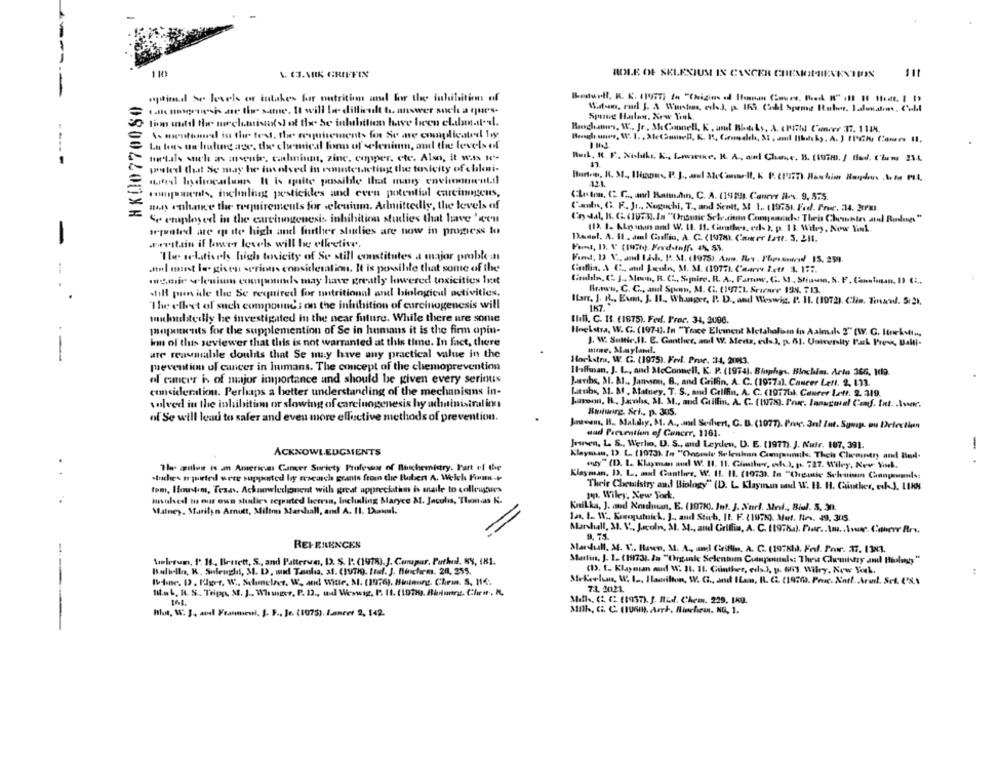
1 10
1. C.NRK GRIFFIN
ROLE OF SELENIUM IN CANCER CHEMOPREVENTION
HX00770080
opwind Se levels of intakes for metritim and for the inthilsition of
1.the mugenisis are the same. It will Io- difficult to answer such a que's.
tim until the mechanisms of the be inlubdion have been clubmarsl.
Boschanos, W .. Jr ., She Canmell, K . anul Boks, A. CPII Conwe :37. 1144.
La tens ue luling ade, the chemical fonn of selenium, aml the levels of
Hetals such as museute, cahninmt, zinc, copper, cte. Also, it wits "c"-
----
posted that Se may he involved in romunterwting the tovicity of chlai-
121.
Hunponents, incluling pesticides and even potential carcinogens,
CLiton, C C .., and Ramdin, C. A. (1989). Caneve il-s. 9, 575.
my enhance the requirements for eleuium. Admittedly, the levels of
Cats, G. F. Jr ., Noguchi, T ., and Scott, 3 1 .. (19751 Fed. Prer. 34. 3Pm).
Sr employed in the carcinogenesis inhibition studies that have 'ren
(1), 1. Klo man and W. 11. 11. Conthes, ed- ). p. 13. Wiley, Now Vil
equated are op ite high and further studies are now in progress lo
-
evitain if lower levels will be elketite.
Panel, A. It. dml Cullis, A. G. (107m). Comer IAtt. 3. 211.
"I selatively high tosicity of Se still constitutes a major problem
noI want is given serious consideration. It is possible that some of the
Collin. \ C. anul Joule, 31. M. (1977). Cearve 1.4t/ 3. 1 ...
mamie Plenium compounds may have greatly lowered toxicities Inet
Cisulla, (2. 3. Mon, B. C ., S.mire. R. A ., Farrow, G. A ., Straws, S. F. ComInun, D) ( ...
Brawn, C. C ., and Spenn, M. C. (199721. Srirare 194. 713.
still pion idle the Se required for nutritional and biological activities.
The elleet of such compound ; on the inhibition of carcinogenesis will
Ilar, J. R .. Eum, J. IL ., Whanger, P. D ., and Weswig, P. 11. (1972). Clin. Tinaudl. 5r2).
muhteilly he investigated in the near future. While there are some
Ihill, C. 11 (1875). Fed. Proc. 34, 2006.
mangements for the supplemention of Se in humans it is the firm opin-
Hoekstra, W. G. (197-4). In "Trace Element Metahalom in Aalmak 2" (W. C. Itnekull ...
km of this seviewer that this is not warranted at this time. In fact, there
J. W. Suttle.Il. E. Ganther, and W. Mertz, eds.), p. 61. University Pak Press, Balti.
-
are reasmalile douhts that Se may have any practical value in the
Hoekstra, W. G. (1975). Frdl. Proe. 34, 2003.
prevention ul cancer in luimans. The concept of the chemoprevention
Iloffman. J. L ., and McConnell, K. P. (1974). Binphys. Blochim. Arla 366, 19.
al cancer is of major importance and should be given every serious
Jumribs, at. Al ., Jansson, B ., and Griffin, A. C. (1977a). Cancer Lett. 2. 133.
consideration. Perhaps a better understanding of the mechanisms in-
latubs, 31. M. Matney. T. S ., and Griffin, A. C. (1977b). Ceurer Lett. 2. 319.
solved in the inhibitim or slowing of carcinogenesis hy administration
Jatson, B ., Jacobs, M. M ., and Grillin. A. C. (1772). Por. lanagual Conf. Int. . Aver.
of Se will lead to safer and even more effective me
thods of prevention.
Bilwirg. Sri ., p. 305.
Juntoans, B. Malshy, M. A ., and Servert, C. B. (1077). Proc. 3al Tat. Syang on Drivetien
and Prevention of Cancer, 1161.
Jewsen, L. S ., Werlo, D. S ., and Leyden, D. E. (1977). J. Nutr. 107, 391.
-
ACKNOWLEDGMENTS
Klaysun, 13. L. (1973). In "Onsmle Selenhan Campunels; Theke Clweintry and 8mil-
The silent is an American Cancer Suricty Professor of Bischemistry. Part of the
egy" (D. L. Klayman and W. 11. 11. Gimmther, och.). p. 727. Wiley, New Sinek.
..
stuchestr-parted were suppented by research grants from the Ihubert A. Welch Fim-+
Klayman. D. L ., and Gunther, W. 11. 11. (1073). In "Oremie Sehuisun Cnnpupils:
Their Chemistry and Biology" (D. L. Klayman and W. 11. 11. Gunther, ech.). LIKE
tom, Howtem, Texas, Acknowlechonent with great apprecithe is maile to colleyaus
innhed in our own shadlies repeated leers, Inclinling Maryce A. Jacula, Thomas K.
mm. Wiley, New York.
Knikka, J. mnd Nosdusan, E. (10710). Int. J. N'nel. Meil ., Bial. S. 30.
Malney, Marilyn Arnutt, Milim Marshall, and A. Il. Del.
la 1. W. Konceptuick, J ., and Stich, IL. F. (197%), Mert. Ites. 49, 305.
Marshall, 31. V ., J.col, SI. M ., and Griffin, A. C. 1197ha). Pour .. \m .. \ve. Caneve Brs.
9. 75
REFEILENCES
Mardull. M. V .. Have, M. A ., and Grillin, A. G. (197KIA. Fel. Por. 37. 1383.
Volesun, 1'. 11 ., Bestett, S ., and Pattern, D. S. P. (1978).J. Cumpar, Pathol. NY, 181.
Martin. J. 1. (1973). 2a "Organic Selenium Cuanpols: Thew Chemistry and Biology"
Bolillo, K. Suleugh, M. D. wid Tanla, 31. (19Th). Itaf. J. finchem. 20, 255.
(1. 1. Klayouan and W. 11. 11. Gunther, eds.J. p. 663. Wilry, New York,
Ibne. D. Kg-r. W .. Schmelzer. W. and Witte, Al. (1976), Mininurg. Chem. S. 116.
Mekeelem, W. I ., Hamilton, W. C ., and ILan, R. C2. (19703. Proc. Antl. Arud. Set. 68,1
1. L. R. S. Tripp, M. J ., Wwwws, P. D ., nudl Weswig, P. 11. (1979). Bilunns. Chr .r. M.
74. 20121.
Mills, C. C2 (OST). J. lidl. Chem. 229, 1kg.
J. F ., Jr. (1075). Lance 2, 142.
Milk, C. C. (196m. Arh. Riechen. NG, 1.